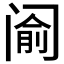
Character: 𰿵